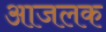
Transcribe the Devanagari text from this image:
आजलक